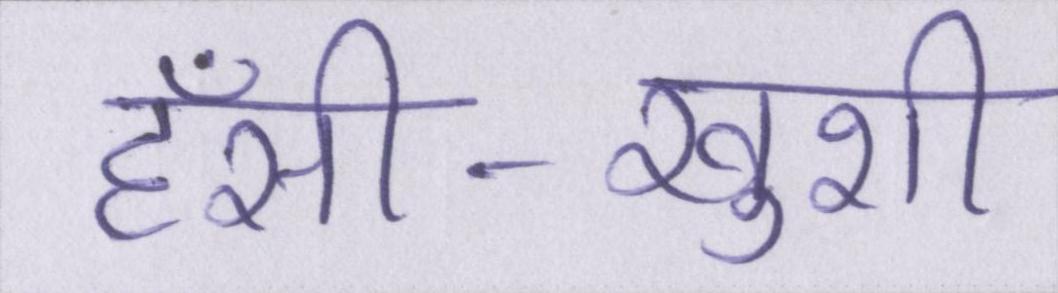
हँसी-खुशी